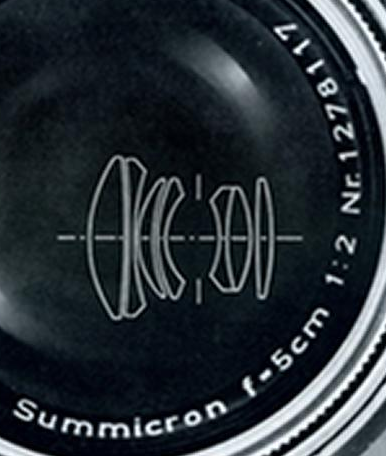
summicron f-5cm 1:2 Nr 1278117